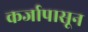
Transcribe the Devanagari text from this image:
कर्जापासून